Code of medical and sanitary regulations for the guidance of medical officers serving in the Madras Presidency - Volume I
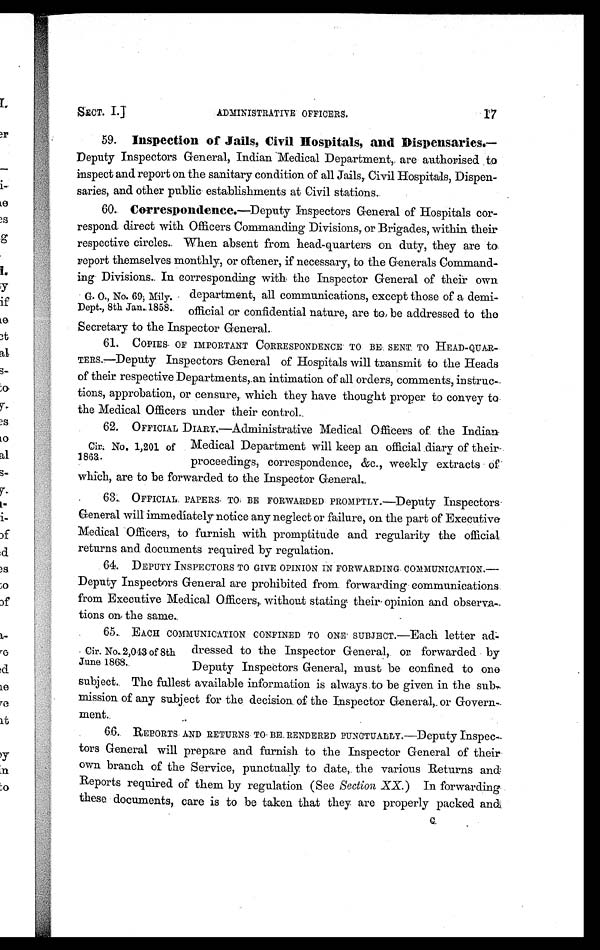
17
ADMINISTRATIVE OFFICERS,
SECT. I.]
59. Inspection of Jails, Civil Hospitals, and Dispensaries.—
Deputy Inspectors General, Indian Medical Department, are authorised to
inspect and report on the sanitary condition of all Jails,. Civil Hospitals, Dispen-
saries, and other public establishments at Civil stations.
60. Correspondence.—Deputy Inspectors General of Hospitals cor-
respond direct with Officers Commanding Divisions, or Brigades, within their
respective circles. When absent from head-quarters on duty, they are to
report themselves monthly, or oftener, if necessary, to the Generals Command-
ing Divisions. In corresponding with the Inspector General of their own
department, all communications, except those of a demi-
o f f i c i a l o r c o n f i d e n t i a l n a t u r e , a r e t o b e a d d r e s s e d t o t h e
Secretary to the Inspector General.
61. COPIES OF IMPORTANT CORRESPONDENCE TO BE. SENT TO HEAD-
Q U A R — T E R S . — D e p u t y I n s p e c t o r s G e n e r a l o f H o s p i t a l s w i l l t r a n s m i t t o t h e H e a d s
of their respective Departments, an intimation of all orders, comments, instruc-
tions, approbation, or censure, which they have thought proper to convey to.
the Medical Officers under their control.
62. OFFICIAL DIARY.—Administrative Medical Officers of the Indian
Medical Department will keep an official diary of their
proceedings, correspondence, &c., weekly extracts of
which, are to be forwarded to the Inspector General
63.
OFFICIAL. PAPERS TO BE FORWARDED PROMPTLY.—Deputy Inspectors
General will immediately notice any neglect or failure, on the part of Executive
Medical Officers, to furnish with promptitude and regularity the official
returns and documents required by regulation.
64. DEPUTY INSPECTORS TO GIVE OPINION IN FORWARDING COMMUNICATION.—
Deputy Inspectors General are prohibited from forwarding communications.
from Executive Medical Officers,. without stating their opinion and observa-
tions on the same.
65 EACH COMMUNICATION CONFINED TO ONE SUBJECT.—Each letter ad
dressed to the Inspector General, or forwarded by
Deputy Inspectors General, must be confined to onE
subject. The fullest available information is always.to be given in the sub,
mission of any subject for the decision. of the Inspector General, or Govern
-ment.
66. REPORTS AND RETURNS TO BE RENDERED PUNCTUALLY.—Deputy Inspec-
tors General will prepare and furnish to the Inspector General of their
own branch of the Service, punctually to date, the various Returns and
Reports required of them by regulation (See Section XX.) In forwarding
these documents. care is to be taken that they are properly packed and
G. 0., No. 69; Mily.
Dept., 8th Jan.1858.
Cir. No. 1,201 of
1863.
Cir. No. 2,043 of 8th
June 1868.